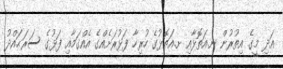
އަދި މީގެ އިތުރުން ނ.އަތޮޅާއި ށ.އަތޮޅުގެ ހުރިހާ ފަޅުރަށެއްގެ އެއްގަމާއި ފަޅުގެ ސަރަޙައްދު